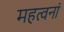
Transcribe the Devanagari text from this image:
महत्वनां